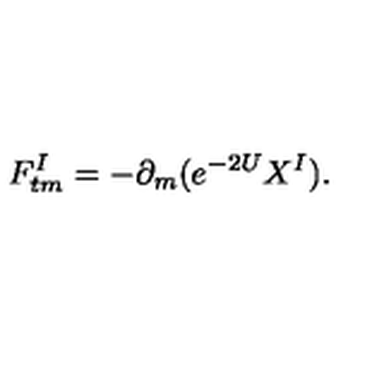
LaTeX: F _ { t m } ^ { I } = - \partial _ { m } ( e ^ { - 2 U } X ^ { I } ) .